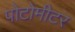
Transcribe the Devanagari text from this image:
पोटोमीटर